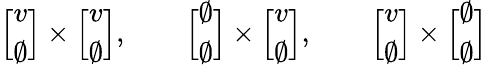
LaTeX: \Big[\begin{array}{c}{{v}}\\ {{\emptyset}}\end{array}\Big]\times\Big[\begin{array}{c}{{v}}\\ {{\emptyset}}\end{array}\Big],\qquad\Big[\begin{array}{c}{{\emptyset}}\\ {{\emptyset}}\end{array}\Big]\times\Big[\begin{array}{c}{{v}}\\ {{\emptyset}}\end{array}\Big],\qquad\Big[\begin{array}{c}{{v}}\\ {{\emptyset}}\end{array}\Big]\times\Big[\begin{array}{c}{{\emptyset}}\\ {{\emptyset}}\end{array}\Big]